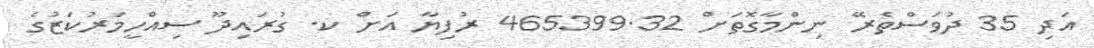
އަދި 35 ދުވަސްތެރޭ ނިންމާގޮތަށް 465399.32 ރުފިޔާ އަށް ކ. ގުރައިދޫ ސިއްހީމަރުކަޒުގެ